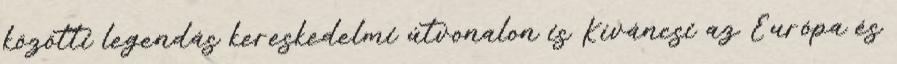
közötti legendás kereskedelmi útvonalon is Kíváncsi az Európa és